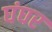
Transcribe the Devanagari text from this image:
घंघर